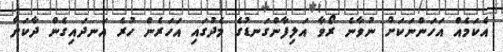
އެކަމެއް އަހަންނަކަށް ނުވާނެ ރޯވާ އަލިފާންގަނޑުގެ މެދުގައި އަހަރެން ހުރެ އަނދައިގެން ދާކަށް